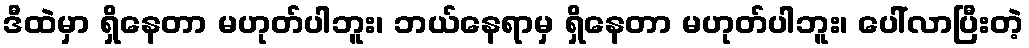
ဒီထဲမှာ ရှိနေတာ မဟုတ်ပါဘူး၊ ဘယ်နေရာမှ ရှိနေတာ မဟုတ်ပါဘူး၊ ပေါ်လာပြီးတဲ့